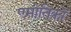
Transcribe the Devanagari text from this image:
एमोतिकों